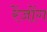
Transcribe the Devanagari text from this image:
रेंजोंग